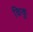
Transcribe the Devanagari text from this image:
किकु